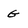
Character: g